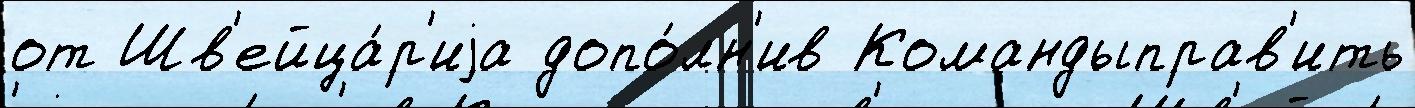
от Шв'ейца́р'иjа допо́лн'ив Командыправ'ить